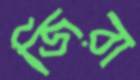
জিরা